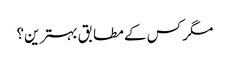
مگر کس کے مطابق بہترین؟